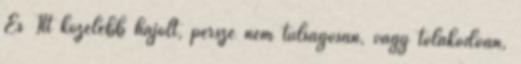
És Itt közelebb hajolt, persze nem túlságosan, vagy tolakodóan,